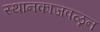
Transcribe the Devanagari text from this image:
स्थानकाजवळून